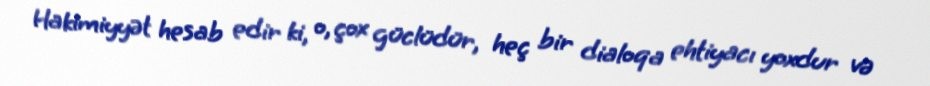
Hakimiyyət hesab edir ki, o, çox güclüdür, heç bir dialoqa ehtiyacı yoxdur və